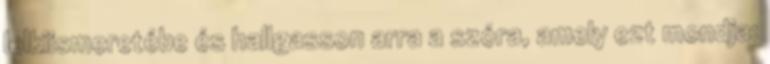
lelkiismeretébe és hallgasson arra a szóra, amely ezt mondja: